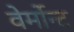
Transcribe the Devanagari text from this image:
वेर्मोन्ट